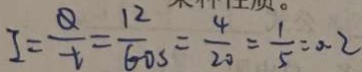
I = \frac { Q } { t } = \frac { 1 2 } { 6 0 s } = \frac { 4 } { 2 0 } = \frac { 1 } { 5 } = 0 . 2